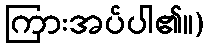
ကြားအပ်ပါ၏။)